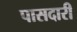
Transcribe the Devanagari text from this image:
पासदारी